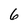
Character: 6